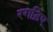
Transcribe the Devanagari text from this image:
रगड़िए